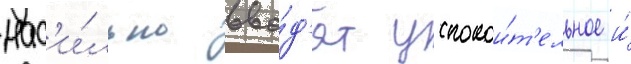
нас'и́льно вво́д'ят успокои́т'ельное и́